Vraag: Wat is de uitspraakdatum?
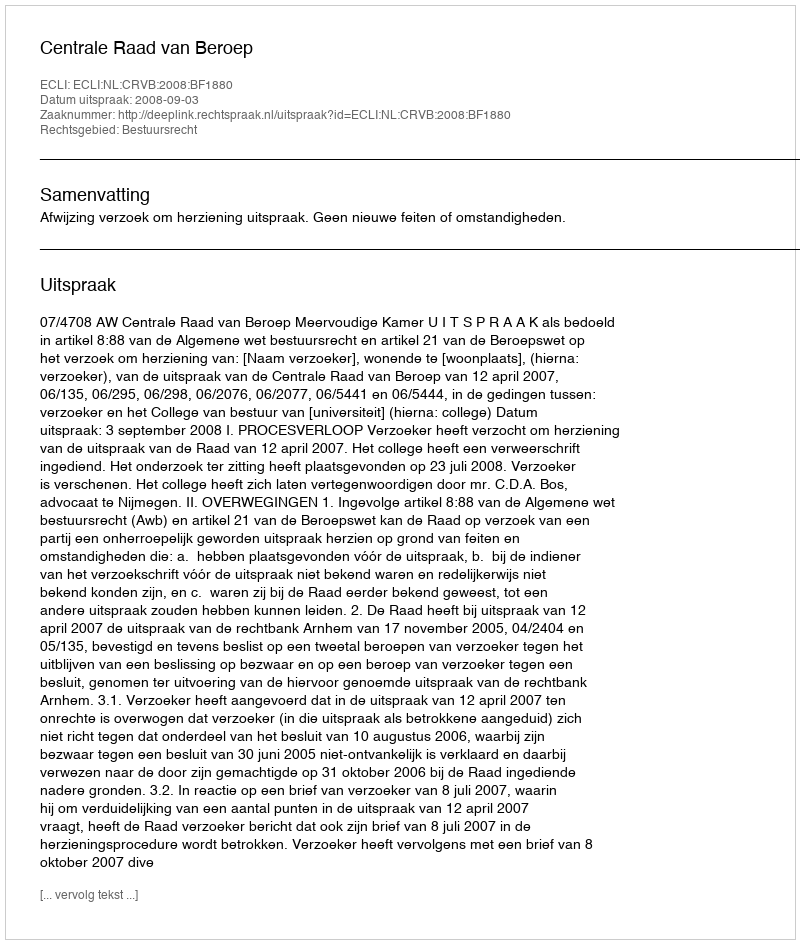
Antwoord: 2008-09-03